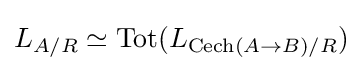
L_{A/R}\simeq \mathrm {Tot} (L_{\mathrm {Cech} (A\to B)/R})